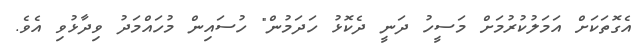
އެގޮތަކަށް އަމަލުކުރުމަށް މަސީހު ދަނީ ދެކޮޅު ހަދަމުން" ހުސައިން މުހައްމަދު ވިދާޅުވި އެވެ.